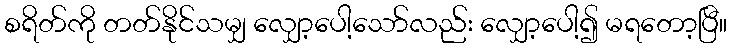
စရိတ်ကို တတ်နိုင်သမျှ လျှော့ပေါ့သော်လည်း လျှော့ပေါ့၍ မရတော့ပြီ။